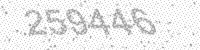
Solution: 259446